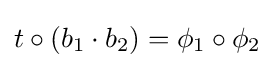
t\circ (b_{1}\cdot b_{2})=\phi _{1}\circ \phi _{2}